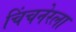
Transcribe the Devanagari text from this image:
चिंचनेरला